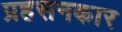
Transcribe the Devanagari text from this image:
प्रहसनकार